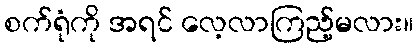
စက်ရုံကို အရင် လေ့လာကြည့်မလား။